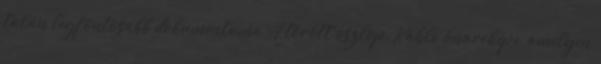
talán legfontosabb dokumentuma A törött oszlop, Kahlo önarcképe, amelyen